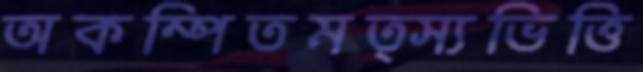
অকম্পিতমত্স্যভিত্তি